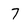
Character: 7